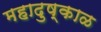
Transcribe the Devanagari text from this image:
महादुष्काळ